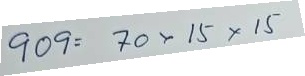
909 = 70 x 15 x 15